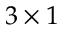
3 \times 1